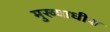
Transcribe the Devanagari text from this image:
मुख्याधीश